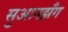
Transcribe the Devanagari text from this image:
सुआनझँग